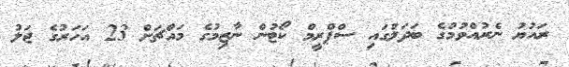
ރައުޔު ނެރުއްވުމުގެ ބަދަލުގައި ސްޕްރީމް ކޯޓުން ނާޒިމުގެ މައްޗަށް 23 އަހަރުގެ ޖަލު